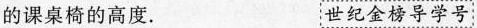
的课桌椅的高度. 世纪金榜导学号